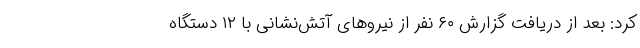
کرد: بعد از دریافت گزارش ۶۰ نفر از نیروهای آتش‌نشانی با ۱۲ دستگاه